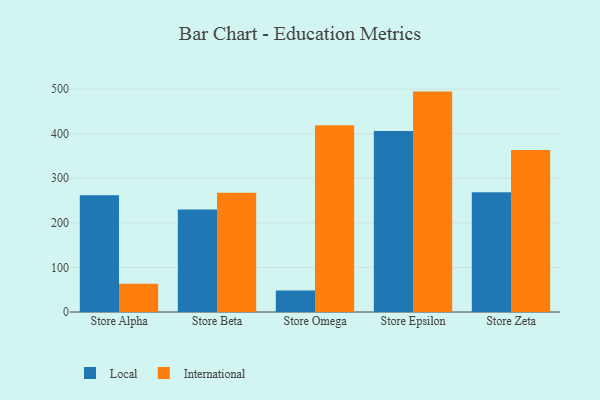
{"axis": {"x": "Store", "y": "Satisfaction Score"}, "legend": ["International", "Local"], "data": [{"x": "Store Alpha", "y": 261.9, "type": "Local"}, {"x": "Store Alpha", "y": 63.3, "type": "International"}, {"x": "Store Beta", "y": 229.8, "type": "Local"}, {"x": "Store Beta", "y": 267.4, "type": "International"}, {"x": "Store Omega", "y": 48.3, "type": "Local"}, {"x": "Store Omega", "y": 418.8, "type": "International"}, {"x": "Store Epsilon", "y": 405.9, "type": "Local"}, {"x": "Store Epsilon", "y": 494.5, "type": "International"}, {"x": "Store Zeta", "y": 268.6, "type": "Local"}, {"x": "Store Zeta", "y": 363.6, "type": "International"}]}